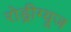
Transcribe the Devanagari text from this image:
रोड्रीग्यूज